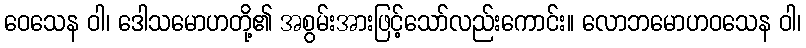
ဝေသေန ဝါ၊ ဒေါသမောဟတို့၏ အစွမ်းအားဖြင့်သော်လည်းကောင်း။ လောဘမောဟဝသေန ဝါ၊